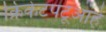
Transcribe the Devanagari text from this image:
क्रिकेटपटूआहे